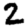
Digit: 2